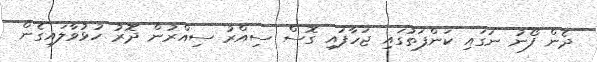
ދެން ފޯނު ނަގައި ކަންފަތުގައި ޖަހާފައި ގޮސް ސިއްރު ސިއްރުން ދޮރު ހުޅުވާލައިގެން